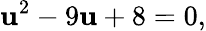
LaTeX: \mathbf{u}^{2}-9\mathbf{u}+8=0,